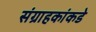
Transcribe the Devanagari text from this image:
संग्राहकांकडे